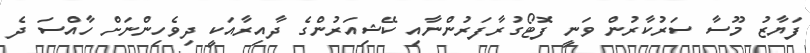
ފަޔާޒު މޫސާ ސަރުކާރުން ވަނީ ފޮޓޯގުރާފަރުންނާއި ކޭޝިއަރުންގެ ދާއިރާއަކީ ދިވެހިންނަށް ހާއްސަ ދެ